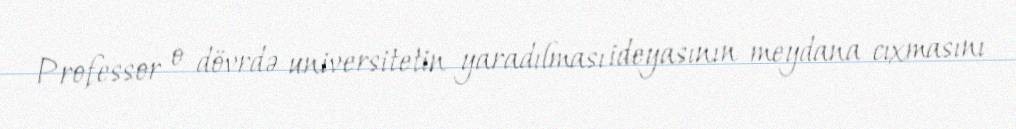
Professor o dövrdə universitetin yaradılması ideyasının meydana cıxmasını